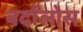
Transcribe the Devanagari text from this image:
वर्दालोस